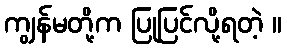
ကျွန်မတို့က ပြုပြင်လို့ရတဲ့ ။